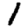
Digit: 1